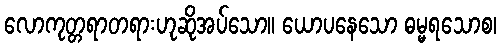
လောကုတ္တရာတရားဟုဆိုအပ်သော။ ယောပနေသော ဓမ္မရသောစ၊